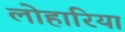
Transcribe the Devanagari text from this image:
लोहारिया